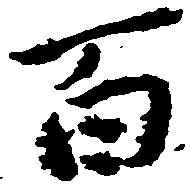
百